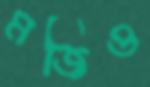
মজিও